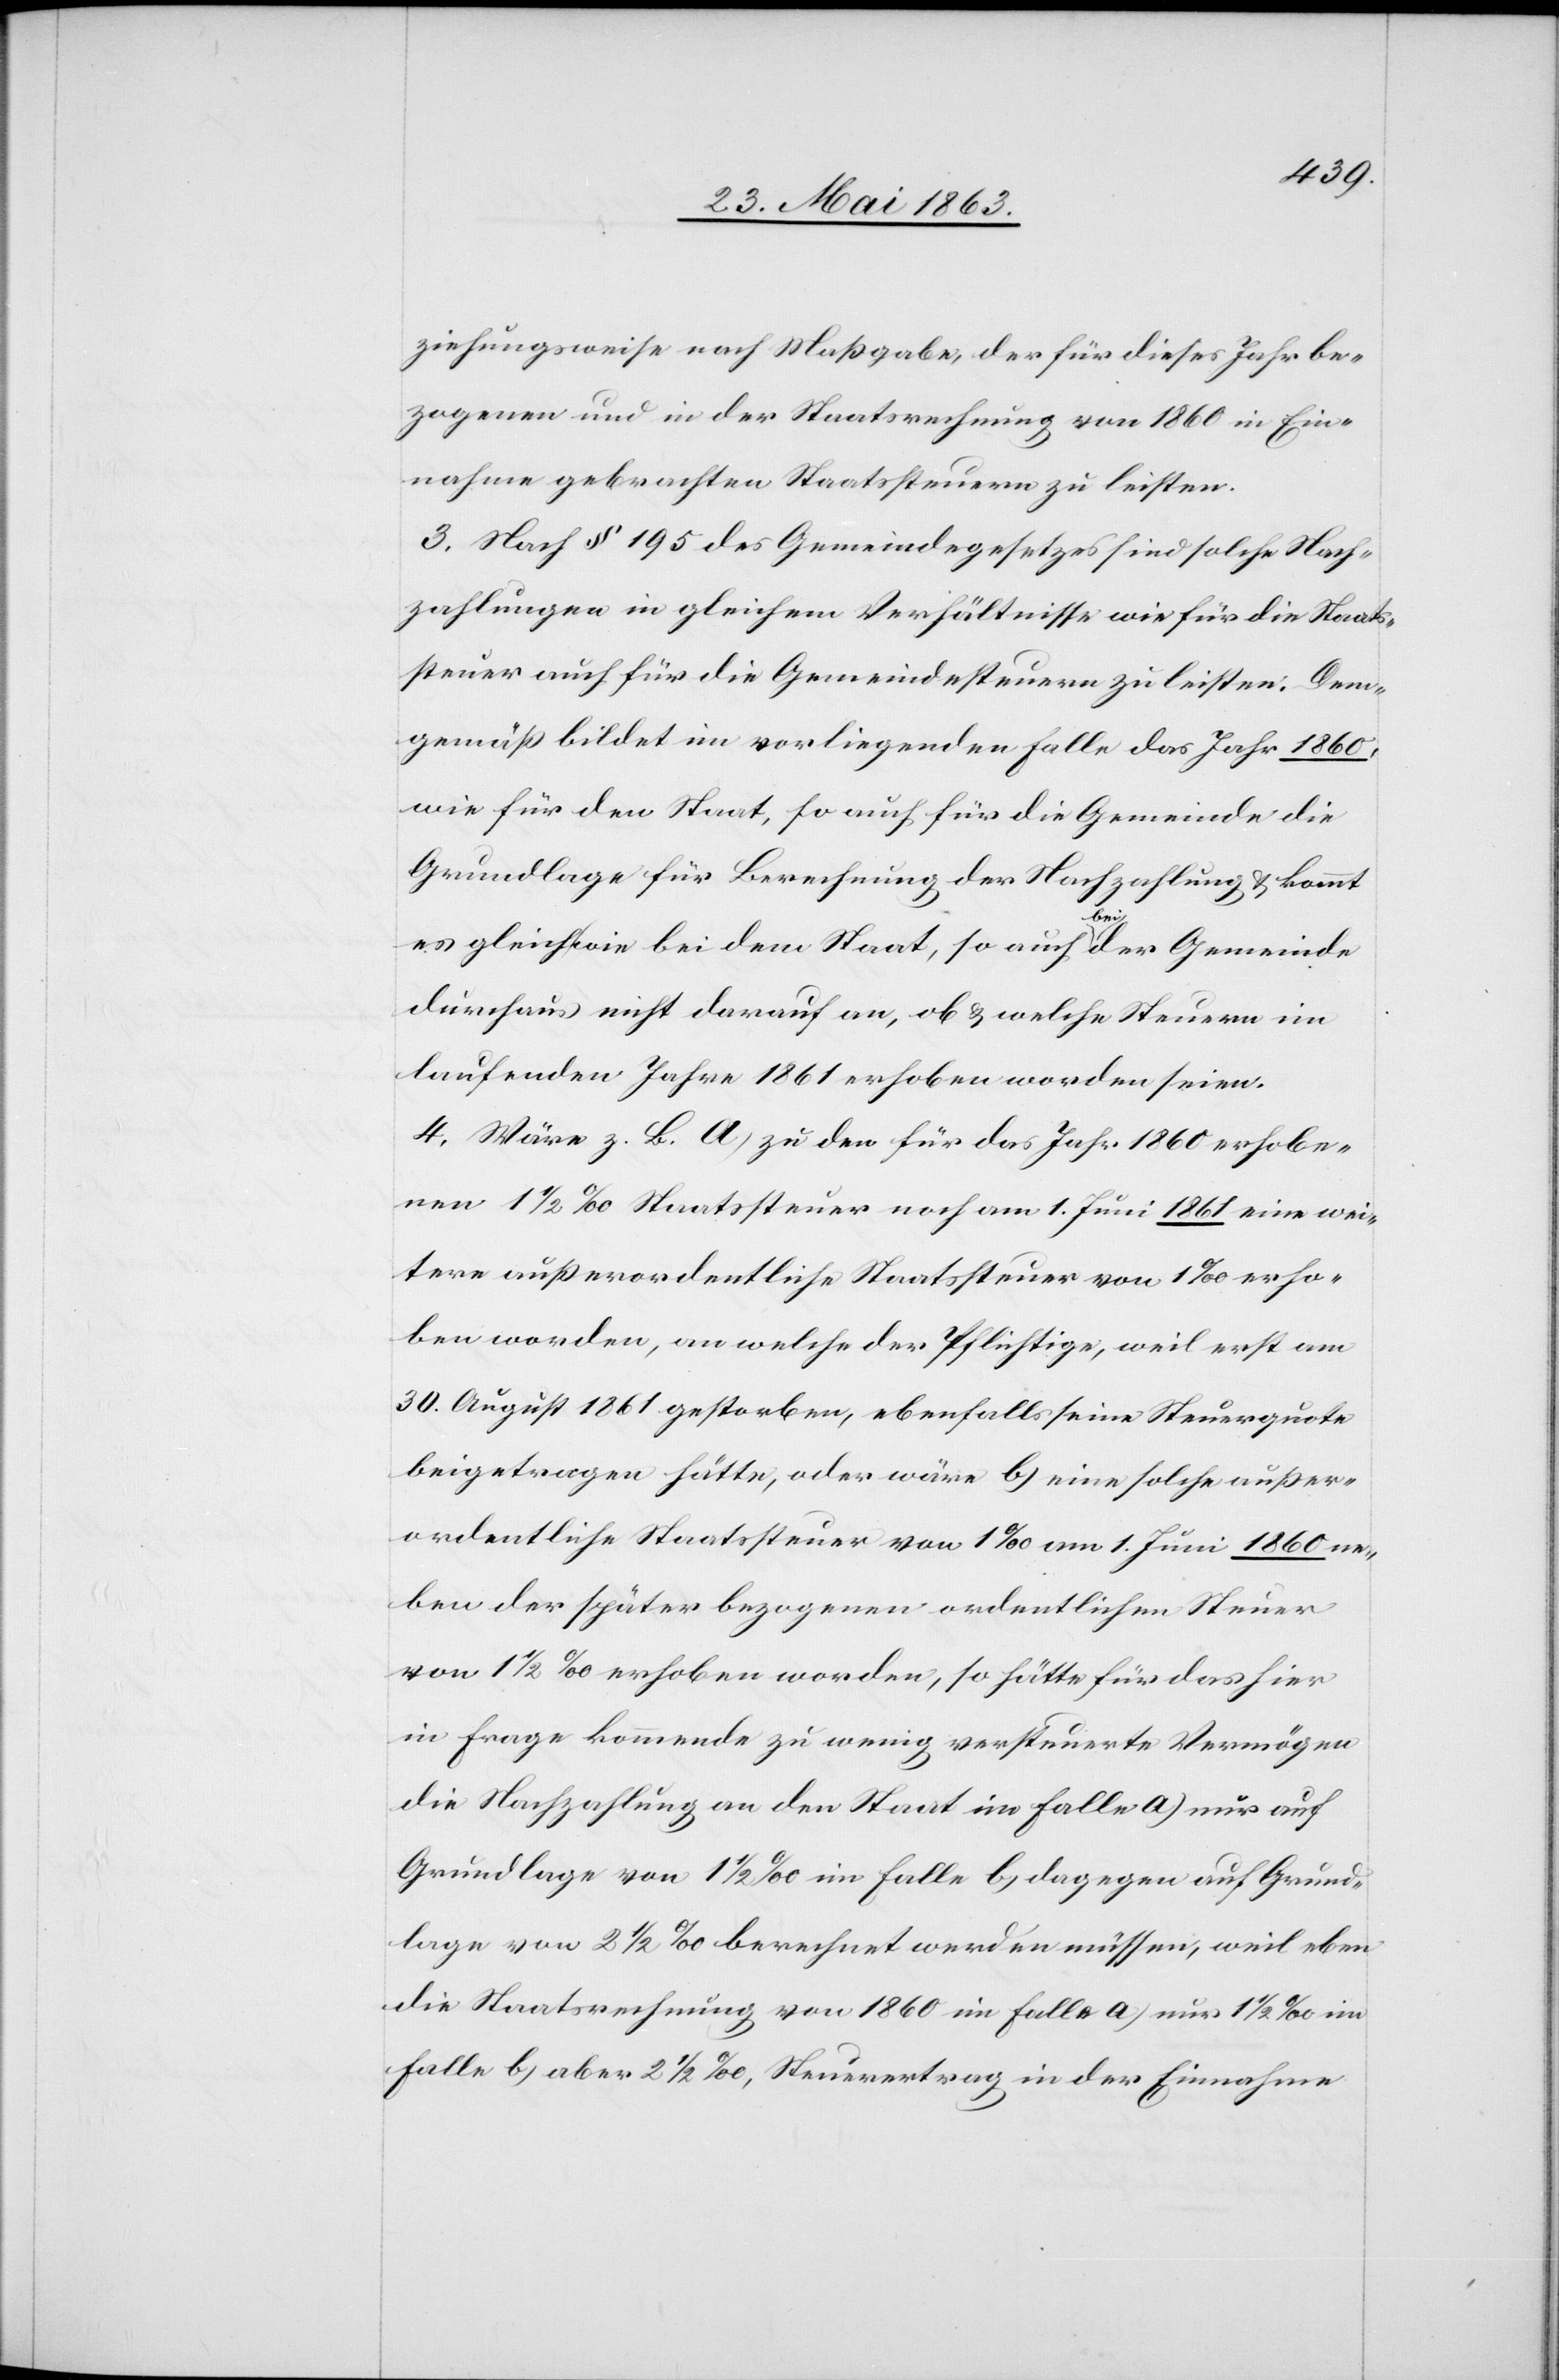
zeihungsweise nach Maßgabe, der für dieses Jahr be¬
zogenen und in der Staatsrechnung von 1860 in Ein¬
nahme gebrachten Staatssteuern zu leisten.
3. Nach § 195 des Gemeindegesetzes sind solche Nach¬
zahlungen in gleichem Verhältnisse wie für die Staats¬
steuer auch für die Gemeindesteuern zu leisten. Dem¬
gemäß bildet im vorliegenden Falle das Jahr 1860,
wie für den Staat, so auch für die Gemeinde die
Grundlage für Berechnung der Nachzahlung & kommt
es gleich wie bei dem Staat, so auch bei der Gemeinde
durchaus nicht darauf an, ob & welche Steuern im
laufenden Jahre 1861 erhoben worden seien.
4. Wäre z. B. a) zu den für das Jahr 1860 erhobe¬
nen 1 1/2 ‰ Staatssteuer noch am 1. Juni 1861 eine wei¬
tere außerordentliche Staatssteuer von 1‰ erho¬
ben worden, an welche der Pflichtige, weil erst am
30. August 1861 gestorben, ebenfalls seine Steuerquote
beigetragen hätte, oder wäre b) eine solche außer¬
ordentliche Staatssteuer von 1‰ am 1. Juni 1860 ne¬
ben der später bezogenen ordentlichen Steuer
von 1 1/2 ‰ erhoben worden, so hätte für das hier
in Frage kommende zu wenig versteuerte Vermögen
die Nachzahlung an den Staat im Falle a) nur auf
Grundlage von 1 1/2 ‰ im Falle b) dagegen auf Grund¬
lage von 2 1/2 ‰ berechnet werden müssen, weil eben
die Staatsrechnung von 1860 im Falle a) nur 1 1/2 ‰ im
Falle b) aber 2 1/2 ‰, Steuerertrag in der Einnahme